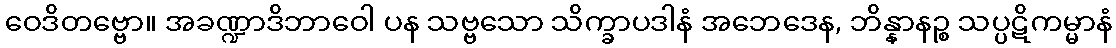
ဝေဒိတဗ္ဗော။ အခဏ္ဍာဒိဘာဝေါ ပန သဗ္ဗသော သိက္ခာပဒါနံ အဘေဒေန, ဘိန္နာနဉ္စ သပ္ပဋိကမ္မာနံ